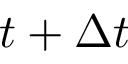
t + \Delta t